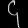
Digit: ၄